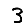
Digit: 3